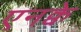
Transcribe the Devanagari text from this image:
एनक्वे